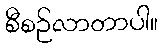
စီစဉ်လာတာပါ။